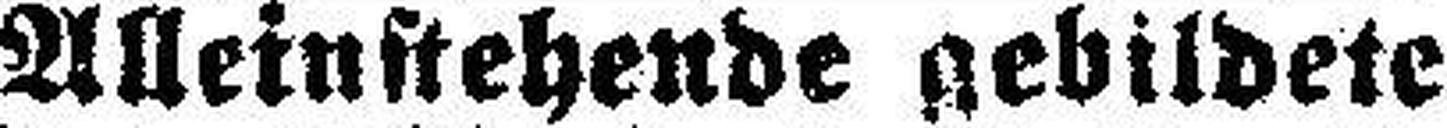
Alleinstehende gebildete